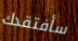
سأفتقدك